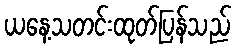
ယနေ့သတင်းထုတ်ပြန်သည်